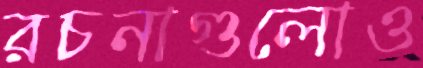
রচনাগুলোও